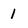
Character: 1